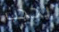
يحجب